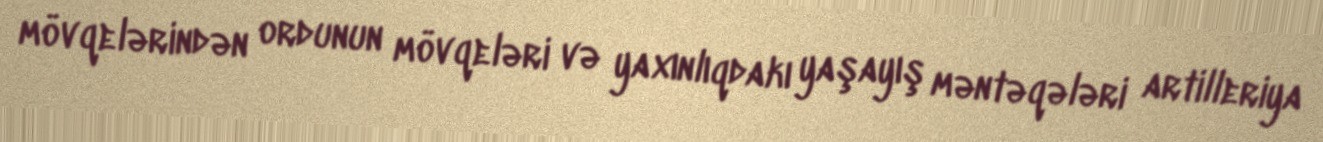
mövqelərindən ordunun mövqeləri və yaxınlıqdakı yaşayış məntəqələri artilleriya